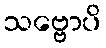
သဗ္ဗောပိ